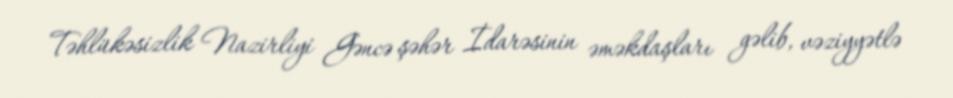
Təhlükəsizlik Nazirliyi Gəncə şəhər İdarəsinin əməkdaşları gəlib, vəziyyətlə